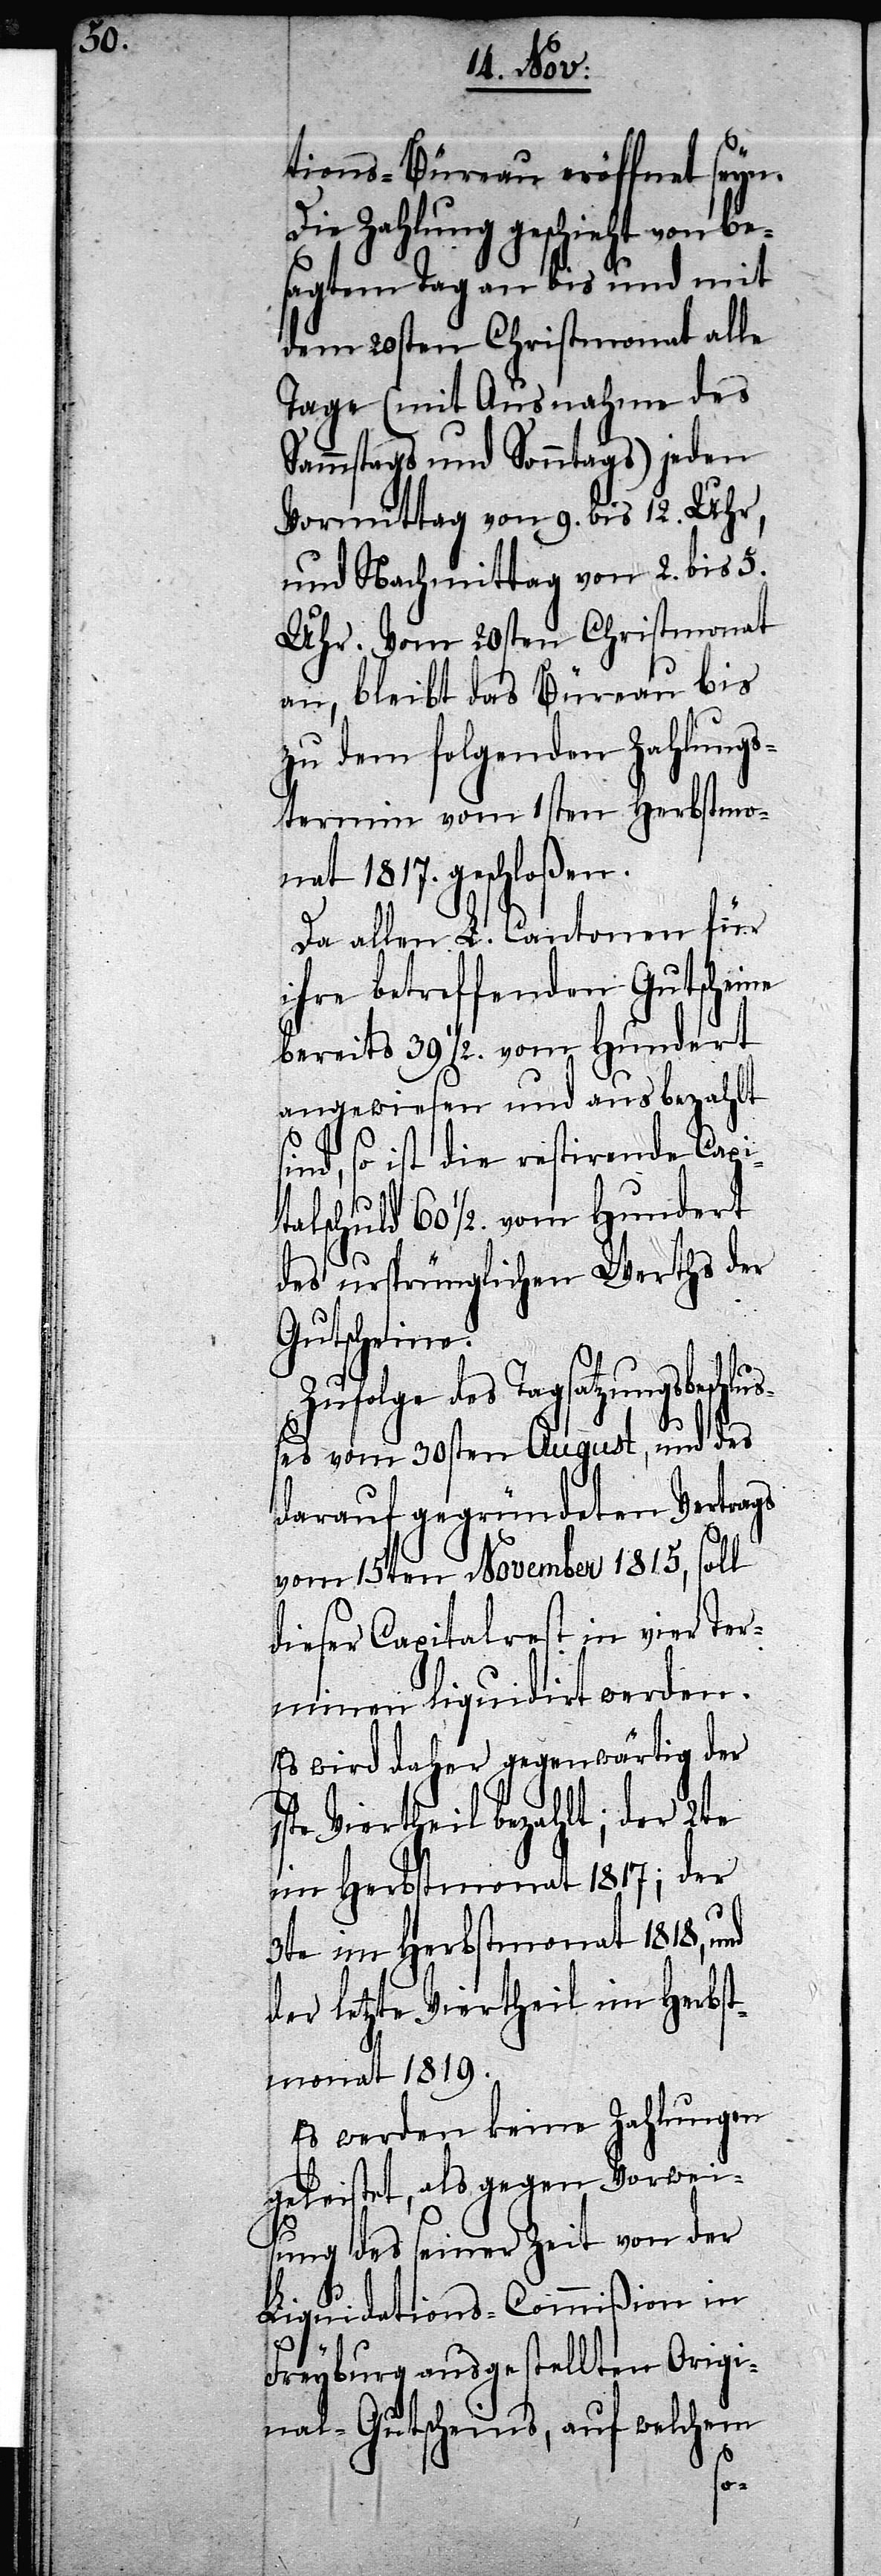
tions-Büreau eröffnet seyn.
Die Zahlung geschieht von be¬
sagtem Tag an bis und mit
dem 20sten Christmonat alle
Tage (mit Ausnahme des
Sammstags und Sonntags) jeden
Vormittag von 9. bis 12. Uhr,
und Nachmittag von 2. bis 5.
Uhr. Vom 20sten Christmonat
an, bleibt das Büreau bis
zu dem folgenden Zahlungs¬
termin vom 1sten Herbstmo¬
nat 1817. geschloßen.
Da allen L. Cantonen für
ihre betreffenden Gutscheine
bereits 39. 1/2. vom Hundert
angewiesen und ausbezahlt
sind, so ist die restirende Capi¬
talschuld 60 1/2. vom Hundert
des ursprünglichen Werths der
Gutscheine.
ngsbeschluße¬
s vom 30sten August, und des
darauf gegründeten Vertrags
vom 15ten November 1815, soll
dieser Capitalrest in vier Ter¬
minen liquidirt werden.
Es wird daher gegenwärtig der
1ste Viertheil bezahlt; der 2te
im Herbstmonat 1817; der
3te im Herbstmonath 1818, und
der letzte Viertheil im Herbst¬
monath 1819.
Es werden keine Zahlungen
geleistet, als gegen Vorwei¬
sung des seiner Zeit von der
Liquidations-Commißion in
Freyburg ausgestellten Origi¬
nal-Gutscheins, auf welchem